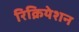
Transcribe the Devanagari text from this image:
रिक्रियेशन